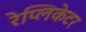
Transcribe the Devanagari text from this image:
रेप्लिकेटर